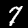
Label: 7